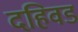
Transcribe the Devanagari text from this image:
दहिवड